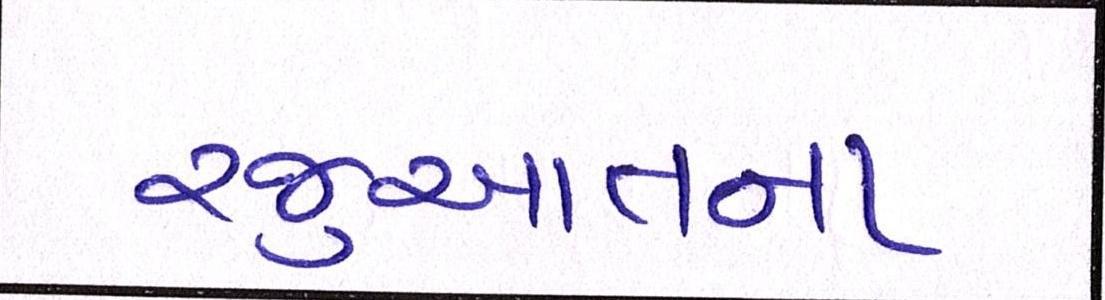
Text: રજુઆતના